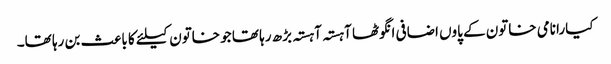
کیارا نامی خاتون کے پاوں اضافی انگوٹھا آہستہ آہستہ بڑھ رہا تھا جو خاتون کیلئے کا باعث بن رہا تھا۔